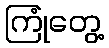
ကြုံတွေ့